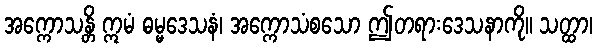
အက္ကောသန္တိ ဣမံ ဓမ္မဒေသနံ၊ အက္ကောသံစသော ဤတရားဒေသနာကို။ သတ္ထာ၊